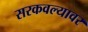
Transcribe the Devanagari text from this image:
सरकवल्यावर